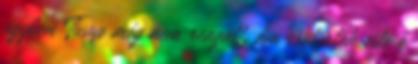
ügyben Tusup még nem reagált, ám csütörtök este ő